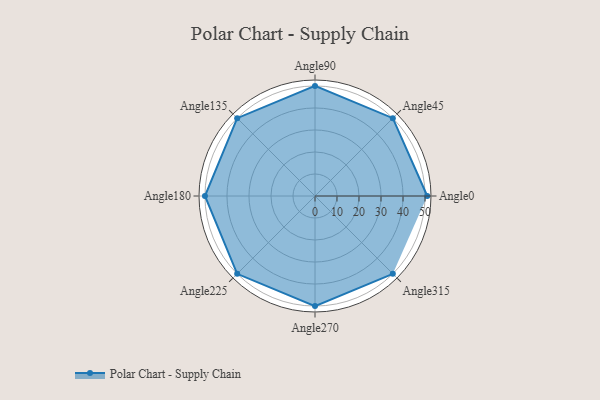
{"axis": {"x": "Angle", "y": "Radius"}, "legend": [""], "data": [{"x": "Angle0", "y": 51.0, "type": ""}, {"x": "Angle45", "y": 50, "type": ""}, {"x": "Angle90", "y": 50, "type": ""}, {"x": "Angle135", "y": 50, "type": ""}, {"x": "Angle180", "y": 50, "type": ""}, {"x": "Angle225", "y": 50.0, "type": ""}, {"x": "Angle270", "y": 50, "type": ""}, {"x": "Angle315", "y": 50, "type": ""}]}